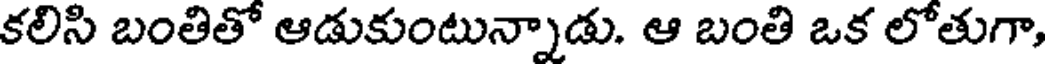
కలిసి బంతితో ఆడుకుంటున్నాడు. ఆ బంతి ఒక లోతుగా,